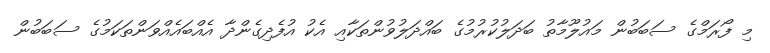
މި ފޯރަމްގެ ސަބަބުން މައުލޫމާތު ބަދަލުކުރުމުގެ ބައްދަލުވުންތަކާއި އެކު އުފެދިގެންދާ އެއްބައެއްވަންތަކަމުގެ ސަބަބުން